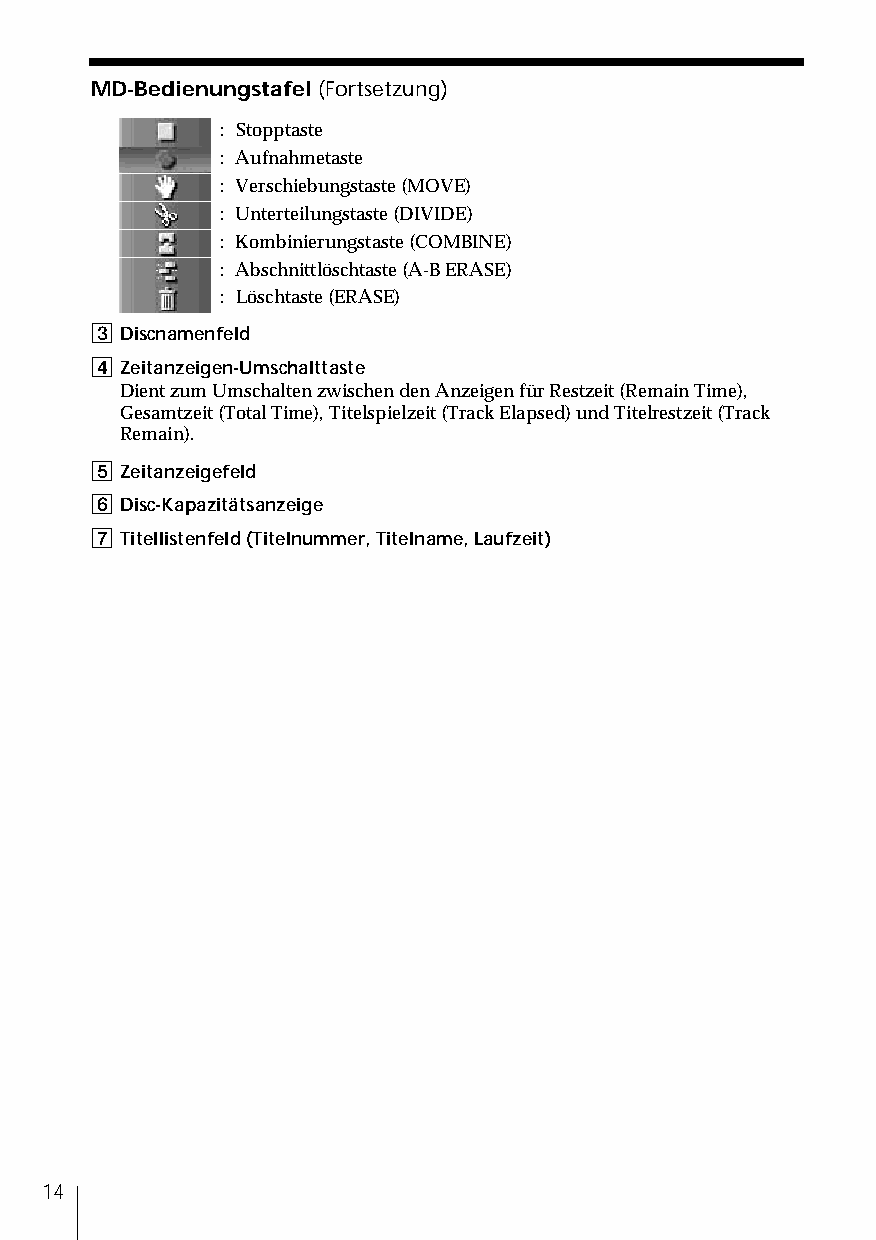
MD-Bedienungstafel (Fortsetzung)
 : Stopptaste
 : Aufnahmetaste
 : Verschiebungstaste (MOVE)
 : Unterteilungstaste (DIVIDE)
 : Kombinierungstaste (COMBINE)
 : Abschnittlöschtaste (A-B ERASE)
 : Löschtaste (ERASE)
 3 Discnamenfeld
 4 Zeitanzeigen-Umschalttaste
 Dient zum Umschalten zwischen den Anzeigen für Restzeit (Remain Time),
 Gesamtzeit (Total Time), Titelspielzeit (Track Elapsed) und Titelrestzeit (Track
 Remain).
 5 Zeitanzeigefeld
 6 Disc-Kapazitätsanzeige
 7 Titellistenfeld (Titelnummer, Titelname, Laufzeit)
 14